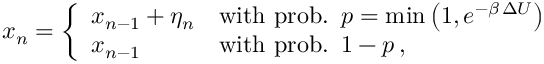
\begin{array} { r } { x _ { n } = \left\{ \begin{array} { l l } { x _ { n - 1 } + \eta _ { n } } & { \mathrm { w i t h } \, \, \mathrm { p r o b . } \, \, \, p = \mathrm { m i n } \left( 1 , e ^ { - \beta \, \Delta U } \right) \quad } \\ { x _ { n - 1 } } & { \mathrm { w i t h } \, \, \mathrm { p r o b . } \, \, \, 1 - p \, , } \end{array} \right. } \end{array}